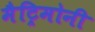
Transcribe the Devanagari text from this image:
मैट्रिमोनी